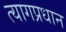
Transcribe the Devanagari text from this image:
त्यागप्रधान